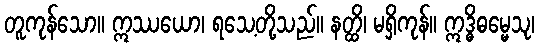
တူကုန်သော။ ဣဿယော၊ ရသေ့တို့သည်။ နတ္ထိ၊ မရှိကုန်။ ဣဒ္ဓိဓမ္မေသု၊